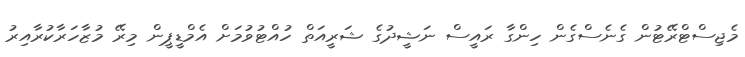
މެޖިސްޓްރޭޓުން ގެނެސްގެން ހިންގާ ރައީސް ނަޝީދުގެ ޝަރީއަތް ހުއްޓުވުމަށް އެމްޑީޕީން މިރޭ މުޒާހަރާކުރާއިރު